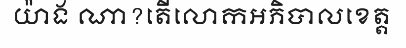
យ៉ាង ណា?តើលោកអភិបាលខេត្ត